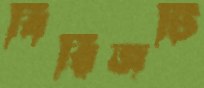
বিরিজটি